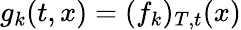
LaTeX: g_{k}(t,x)=(f_{k})_{T,t}(x)